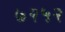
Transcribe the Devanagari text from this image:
७२५२